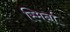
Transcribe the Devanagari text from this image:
स्मिर्ना